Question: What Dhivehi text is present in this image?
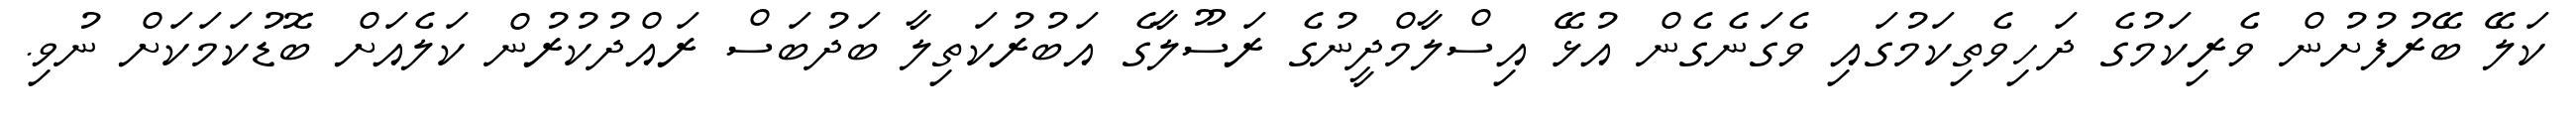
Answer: ކަލޭ ބޭރުފުށުން ވެރިކަމުގެ ދަހިވެތިކަމުގައި ވެގަނެގެން އުޅޭ އިސްލާމްދީނުގެ ރަސޫލާގެ އަބުރުކަތިލާ ބަދުބަސް ރައްދުކުރުން ކަލެއަށް ބޮޑުކަމަކަށް ނުވި.